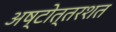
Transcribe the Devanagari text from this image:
अष्‍टोत्‍तरशत